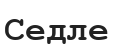
Седле